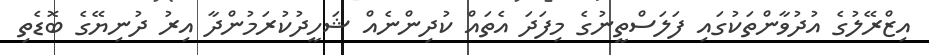
އިޒްރޭލުގެ އުދުވާންތަކުގައި ފަލަސްތީނުގެ މިފަދަ އެތައް ކުދިންނެއް ޝަހީދުކުރަމުންދާ އިރު ދުނިޔޭގެ ބޮޑެތި